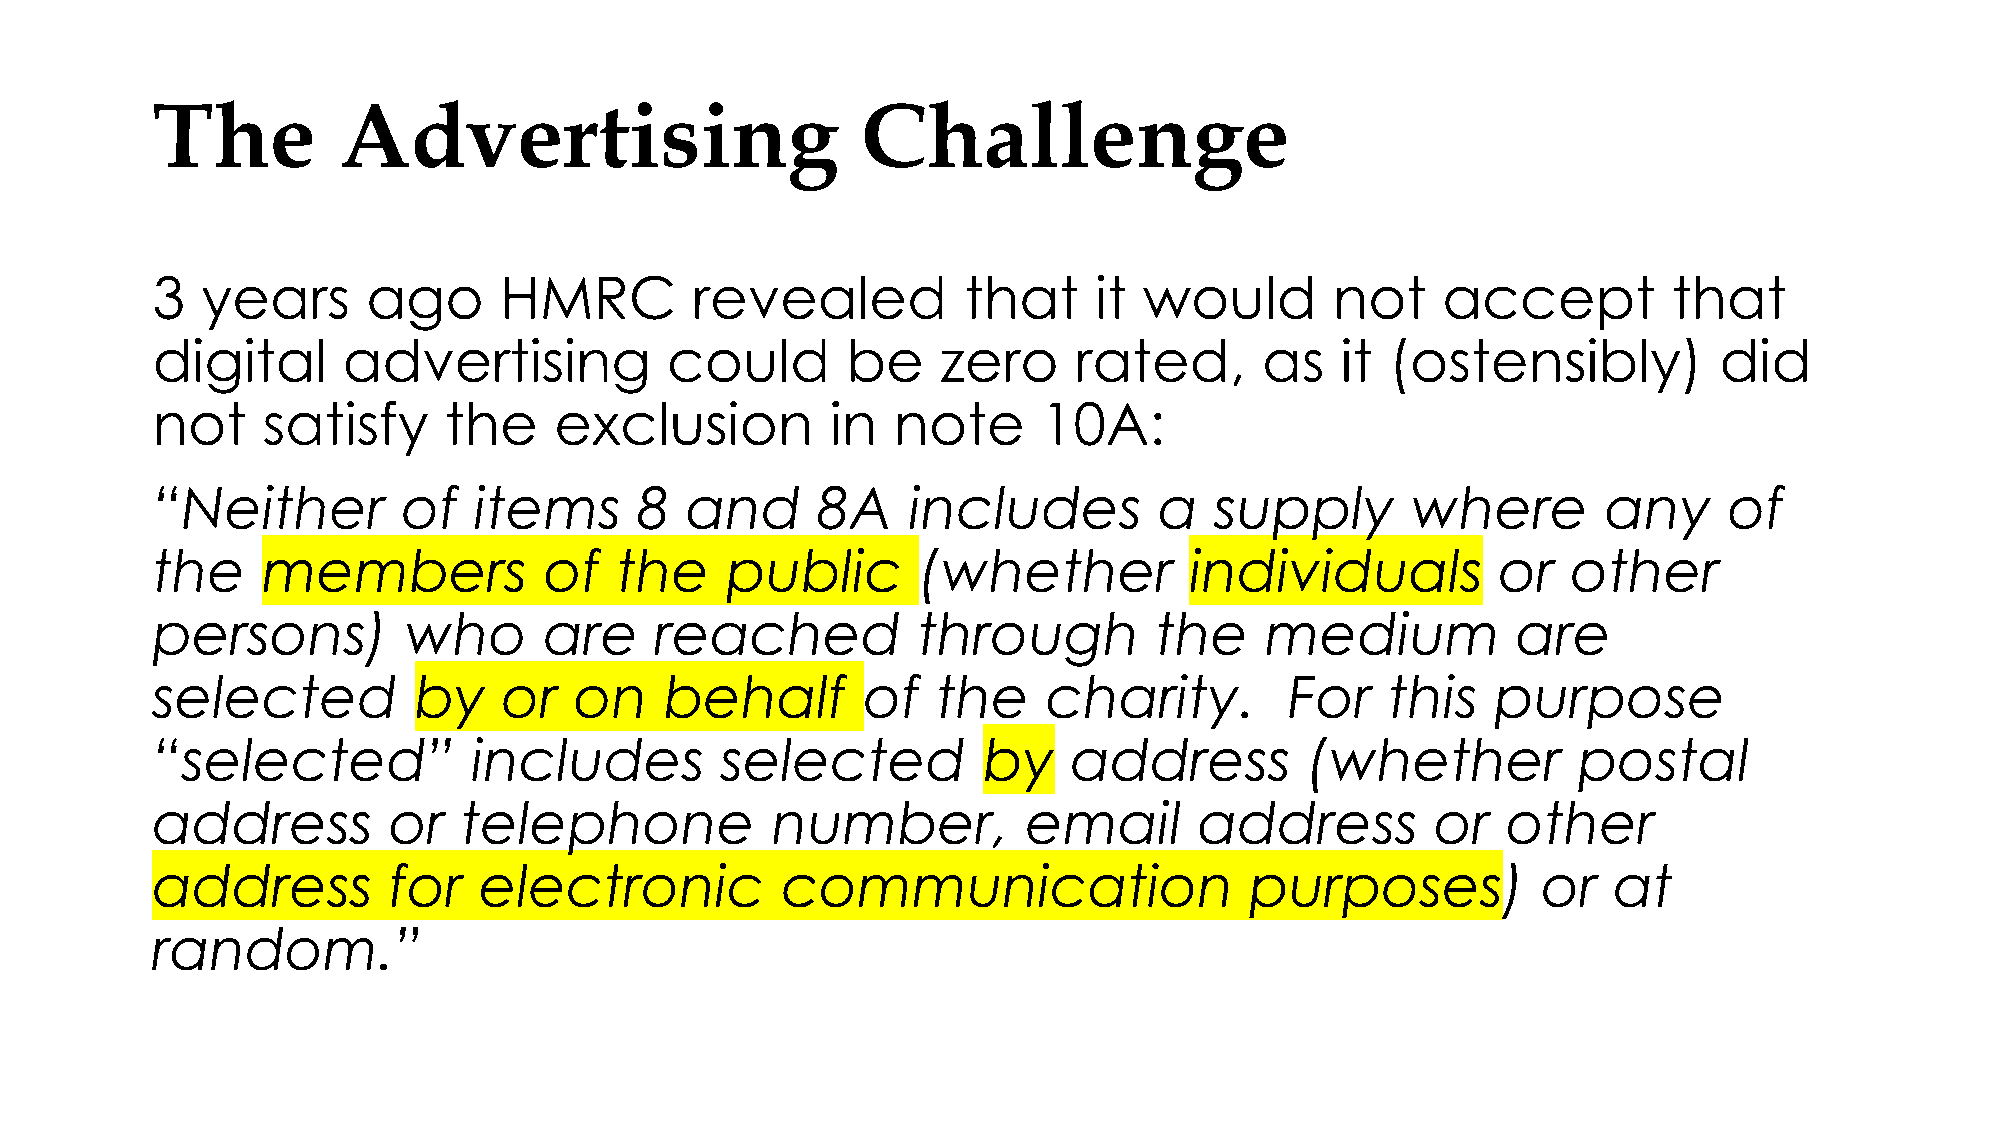
The         Advertising                        Challenge
 3  years      ago      HMRC         revealed          that    it  would       not    accept          that
 digital      advertising          could       be    zero     rated,       as   it (ostensibly)          did
 not    satisfy     the     exclusion         in  note      10A:
 “Neither         of  items      8  and      8A    includes         a  supply       where        any     of
 the    members            of   the    public       (whether          individuals         or   other
 persons)         who      are    reached           through        the     medium          are
 selected         by    or   on    behalf       of   the    charity.        For    this   purpose
 “selected”           includes         selected         by    address         (whether         postal
 address         or   telephone           number,          email      address         or   other
 address         for   electronic          communication                  purposes)          or   at
 random.”